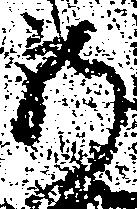
新